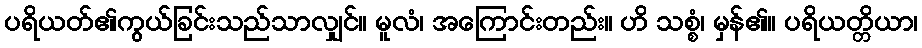
ပရိယတ်၏ကွယ်ခြင်းသည်သာလျှင်။ မူလံ၊ အကြောင်းတည်း။ ဟိ သစ္စံ၊ မှန်၏။ ပရိယတ္တိယာ၊